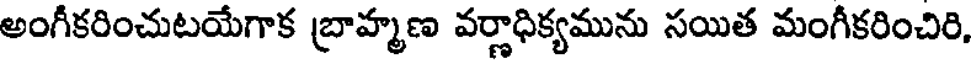
అంగీకరించుటయేగాక బ్రాహ్మణ వర్ణాధిక్యమును సయిత మంగీకరించిరి,